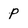
Character: p